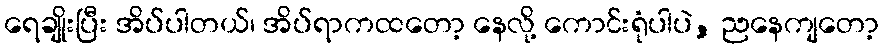
ရေချိုးပြီး အိပ်ပါတယ်၊ အိပ်ရာကထတော့ နေလို့ ကောင်းရုံပါပဲ, ညနေကျတော့